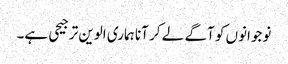
نوجوانوں کو آگے لے کر آنا ہماری الوین ترجیحی ہے۔